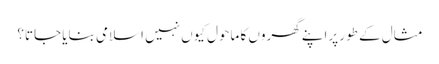
مثال کے طور پراپنے گھروں کا ماحول کیوں نہیں اسلامی بنایا جاتا؟